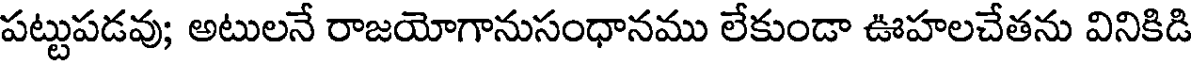
పట్టుపడవు; అటులనే రాజయోగానుసంధానము లేకుండా ఊహలచేతను వినికిడి